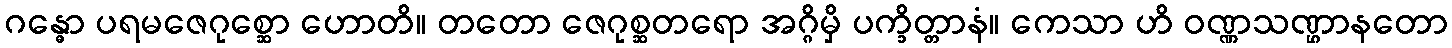
ဂန္ဓော ပရမဇေဂုစ္ဆော ဟောတိ။ တတော ဇေဂုစ္ဆတရော အဂ္ဂိမှိ ပက္ခိတ္တာနံ။ ကေသာ ဟိ ဝဏ္ဏသဏ္ဌာနတော